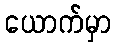
ယောက်မှာ